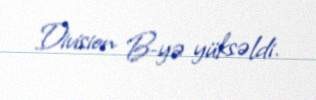
Division B-yə yüksəldi.